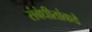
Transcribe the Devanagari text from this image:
संबंधीतांकडे